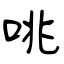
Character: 咷